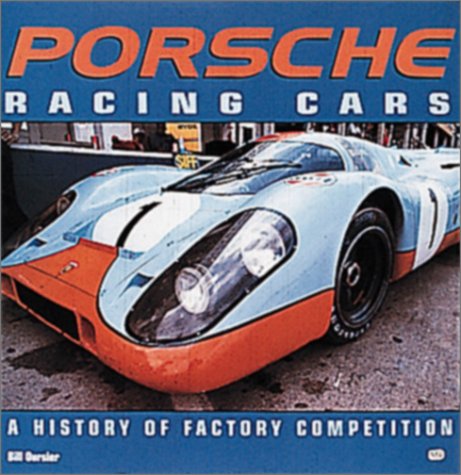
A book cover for Porsche Racing Cars: A History of Factory Competition; Bill Oursler; Engineering & Transportation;